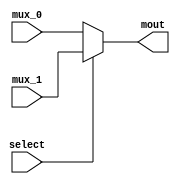
`timescale 1ns / 1ps
//////////////////////////////////////////////////////////////////////////////////
// Company: 
// Engineer: 
// 
// Design Name: 
// Module Name: mux
// Project Name: 
// Target Devices: 
// Tool Versions: 
// Description: 
// 
// Dependencies: 
// 
// Revision:
// Revision 0.01 - File Created
// Additional Comments:
// 
//////////////////////////////////////////////////////////////////////////////////


module mux(
    input select,
    input[31:0] mux_0,
    input[31:0] mux_1,
    output[31:0] mout
    );

    assign mout = select? mux_1 : mux_0;

endmodule